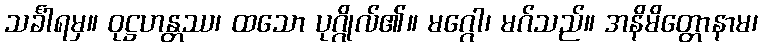
သင်္ခါရမှ။ ဝုဋ္ဌဟန္တဿ၊ ထသော ပုဂ္ဂိုလ်၏။ မဂ္ဂေါ၊ မဂ်သည်။ အနိမိတ္တောနာမ၊